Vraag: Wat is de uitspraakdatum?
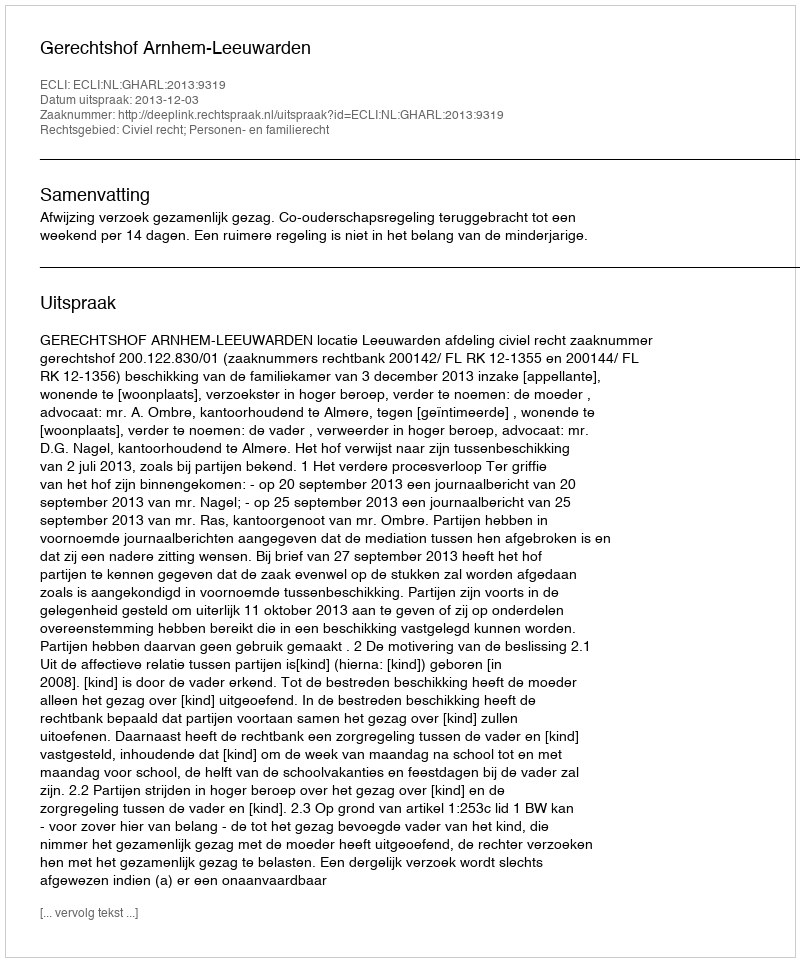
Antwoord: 2013-12-03